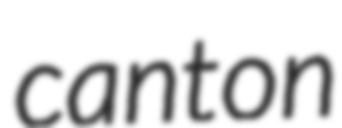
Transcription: canton